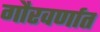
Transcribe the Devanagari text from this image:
गौरवर्णात